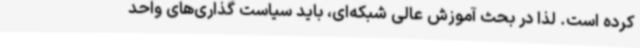
کرده است. لذا در بحث آموزش عالی شبکه‌ای، باید سیاست گذاری‌های واحد